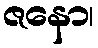
ဇနော၊